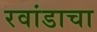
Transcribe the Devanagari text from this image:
रवांडाचा